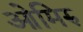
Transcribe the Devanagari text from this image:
ओमिरु